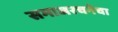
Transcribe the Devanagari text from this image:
समाजरचनेचा